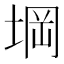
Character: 堈